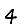
Digit: 4